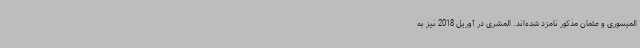
المیسوری و عثمان مذکور نامزد شده‌اند. المشری در آوریل 2018 نیز به